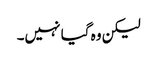
لیکن وہ گیا نہیں۔